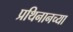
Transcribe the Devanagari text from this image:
प्रथिनानच्या